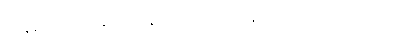
ကုန်းပေါ်ကနေပဲ ထိန်းကျောင်းပေးနိုင်ဖို့ ရည်ရွယ်ပါတယ်။